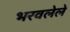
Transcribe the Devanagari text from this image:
भरवलेले